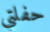
حفلتي